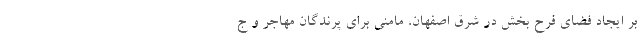
بر ایجاد فضای فرح بخش در شرق اصفهان، مامنی برای پرندگان مهاجر و ج